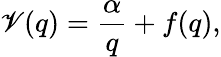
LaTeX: \mathscr{V}(q)=\frac{{\alpha}}{{q}}+f(q),